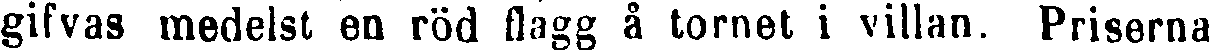
gifvas medelst en röd flagg å tornet i villan. Priserna